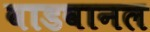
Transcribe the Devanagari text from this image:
वाडवानल